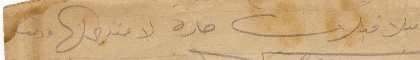
اقبل قبلات حارة لا منتهى لها